Report on malaria in the Punjab during the year ...  together with an account of the work of the Punjab Malaria Bureau - Volume 4
Disease focus: Malaria
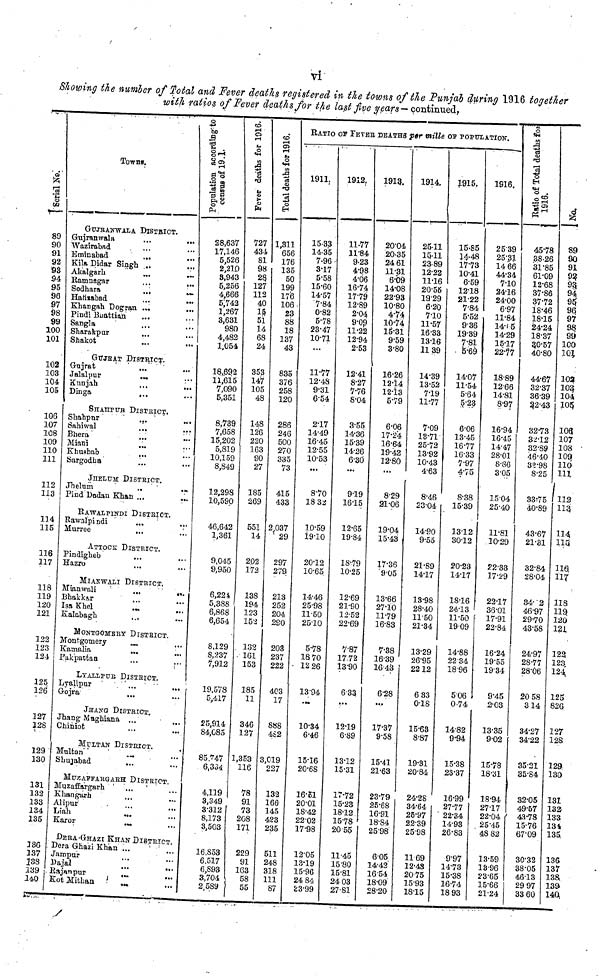
vi
Showing the number of Total and Fever deaths registered in the towns of the Punjab during 1916 together
with ratios of Fever deaths for the last five years— continued.
Serial No.
89
90
91
92
93
94
95
96
97
98
99
100
101
102
103
104
105
106
107
108
109
110
111
112
113
114
115
116
117
118
119
120
121
122
123
124
125
126
127
128
129
130
131
132
133
134
135
136
137
138
139
140
Towns.
GUJRANWALA DISTRICT.
Gujranwala
Wazirabad
Eminabad
...
..
Kila Didar Singh ..
Akalgarli
..
Ramnagar
..
..
Sodhara
..
...
Hatirabad
Khangah Dogran ...
Pindi Buattian
Sangla
Sharakpur
Shakot
GUJRAT DISTRICT.
Gajrat
Jalalpur
...
Kunjah
...
...
Dinga
...
SHAHPUR DISTRICT.
Shahpur
...
Sahiwal
...
Bhera
...
...
Miani
Khushab
...
...
Sargodha
JHELUM DISTRICT.
Jhelum
..
...
Pind Dodan Khan ...
...
RAWALPINDI DISTRICT.
Rawalpindi
...
...
Murree
...
ATTOCK DISTRICT.
Pindighab
...
...
Hazro
...
MIAKWALI DISTRICT.
Mianwali
...
...
Bhakkar
Isa Khel
Kalabagh
MONTGOMERY DISTRICT.
Montgomery
...
Kamalia
...
Pakpattan
LYALLPUR DISTRICT.
Lyallpur
...
Gojra
JHANG DISTRICT.
Jhang Maghiana ...
...
Chiniot
MULTAN DISTRICT.
Multan
Shujabad
...
MUZAFFARGARH DISTRICT.
Muzaffargarh
Khangarh
Alipur
Liah
...
...
Karor
...
DERA-GHAZI KHAN DISTRICT.
Dera Ghazi Khan ...
Jampur
Dajal
...
Rajanpur
...
Kot Mithan
Population according
to census of 1911.
28,637
17,146
5,526
2,210
8,943
5,256
4,666
5;742
1,267
3,631
980
4,482
1,054
18,892
11,615
7,090
5,351
8,739
7,658
15,202
5,819
10,159
8,849
12,298
10,590
46,642
1,361
9,045
9,950
6,224
5,388
6,868
6,654
8,129
8,237
7,912
19,578
5,417
25,914
84,085
85,747
6,334
4,119
3,349
3,312
8,173
3,503
16,853
6.517
6,893
3,704
2,589
C
Fever deaths for 1916.
727
434
SI
98
28
127
112
40
13
51
14
68
24
353
147
105
48
148
126
220
163
90
27
185
269
551
14
202
172
138
194
123
153
132
161
153
185
11
340
127
1,353
116
78
91
73
208
171
229
91
163
58
55
Total detjs for 1916.
1,311
656
176
135
50
199
176
106
23
88
18
137
43
835
376
258
120
286
246
500
270
335
73
415
433
2.037
29
297
279
213
252
204
290
203
237
222
4C3
17
888
482
3,019
227
132
166
145
423
235
511
248
318
111
87
RATIO OF FEVER DEATHS per mille OF POPULATION.
1911
15.33
14.35
7.96
3.17
5.58
15.60
14.57
7.84
0.82
5.78
23.47
10.71
...
11.77
12.48
9.31
6.54
2.17
14.49
16.45
12.55
10.53
...
8.70
1832
10.59
19.10
20.12
10.65
14.46
25.98
11.50
25.10
5.78
18 70
1226
13.94
...
10.34
6.46
15.16
20.68
16.51
20.01
18.42
22.02
17.98
12.05
13.19
15.96
24 84
33.99
1912
11.77
11.84
9.23
4.98
4.06
16.74
17.79
12.89
2.04
9.09
11.22
12.94
2.53
12.41
8.27
7.76
8.04
3.55
14.36
15.39
14.26
6.30
...
919
16.15
12.65
19.84
18.79
10.25
12.69
21.90
12.52
22.69
7.87
17.72
13.90
6.33
...
12.19
6.89
13.12
15.31
17.72
15.23
18.12,
15.78
20.55
11.45
15.80
15.81
24.03
27.81
1913.
20.04
20.35
24.61
11.31
6.09
14.08
22.93
10.80
4.74
16.74
15.31
9.59
3.80
16.26
12.14
12.13
5.79
6.06
17.24
16.64
19.42
12.80
...
8.29
21.06
19.04
15.43
17.36
9.05
13.66
27.10
11.79
16.83
7.38
16.39
16.43
6.28
...
17.37
9.58
15.41
21.63
23.79
25.68
16.91
18.84
25.98
6.05
14.42
16.54
18.09
28.20
1914.
25.11
15.11
23.89
12.22
11.16
20.55
19.29
6.20
7.10
11.57
16.33
13.16
11.39
14.39
13.52
7.19
11.77
7.09
18.71
25.72
13.92
10.43
4.63
8.46
23.04
14.90
9.55
21.89
14.17
13.98
28.40
11.50
21.34
13.29
26.95
22.12
683
0.18
15.68
8.87
19.31
20.84
24.28
34.64
25.97
22.39
25.98
11.69
12.43
20.75
15.93
18.15
1915.
15.85
14.48
17.73
10.41
6.59
12.18
21.22
7.84
5.52
9.36
19.39
7.81
5.69
14.07
11.54
5.64
5.23
6.06
13.45
16.77
16.33
7.97
4.75
8.38
15.39
33.12
30.12
20.23
14.17
18.16
24.13
11.50
19.09
14.88
22 34
18.96
5.06
0.74
14.82
9.94
15.38
23.37
16.99
27.77
22.34
14.93
26.83
9.97
14.73
15.38
16.74
18 93
1916.
25.39
25.31
14.66
44.34
7.10
24.16
24.00
6.97
11.84
14.15
14.29
15.17
22.77
18.89
12.66
14.81
8.97
16.94
16.45
14.47
28.01
8.86
3.05
15.04
25.40
11.81
10.29
22.33
17.29
22.17
36.01
17.91
22.84
16.24
19.55
19.34
9.45
2.03
13.35
9.02
15.78
18.31
18.94
27.17
22.04
25.45
48 82
13.59
18.96
23.65
15.66
21.24
Ratio of total dea
1916.
45.78
38.26
31.85
61.09
12.68
37.86
37.72
18.46
18.15
24.24
18.37
30.57
40.80
44.67
32.37
36.39
22.43
32.73
32.12
32.89
46.40
83.98
8.25
33:75
40.89
43.67
21.31
32.84
28.04
84.2
46.97
29.70
43.58
24.97
28.77
28.06
20 58
314
34.27
34.22
35.21
35.84
32.05
49.57
43.78
15.76
67.09
30.32
38.05
46.13
29 97
33 60
No.
89
90
91
92
93
94
95
96
97
98
99
100
101
103
103
104
105
108 107
108
109
110
111
112
113
114.
us
116
117
118
119.
120
121
122
123
124
125
826
127
128
129.
130
131
132
133
131
135
136
137
138
139
140